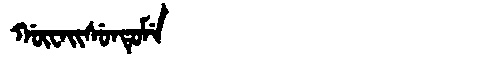
Manchu: ᡤᡡᠸᠠᡳᠰᡠᠨᡨᡠᠮᡝ
Romanization: GŪWAISUNTUME